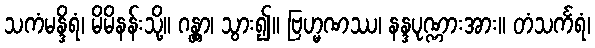
သကံမန္ဒိရံ၊ မိမိနန်းသို့။ ဂန္တွာ၊ သွား၍။ ဗြဟ္မဏဿ၊ နန္ဒပုဏ္ဏားအား။ တံသင်္ကရံ၊